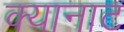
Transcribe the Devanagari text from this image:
क्यानाट